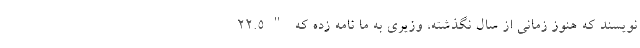
نویسند که هنوز زمانی از سال نگذشته، وزیری به ما نامه زده که "۲۲.۵